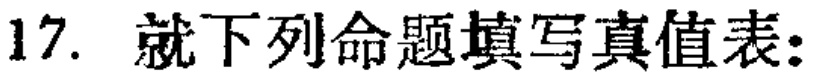
17. 就下列命题填写真值表: